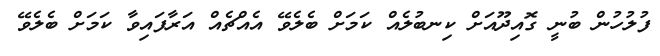
ފުލުހުން ބުނީ ގޮއިދޫއަށް ކިނބުލެއް ކަމަށް ބެލެވޭ އެއްޗެއް އަރާފައިވާ ކަމަށް ބެލެވޭ